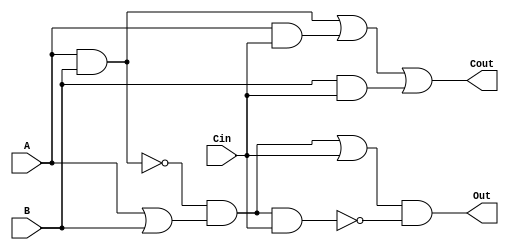
`timescale 1ns / 1ps
//////////////////////////////////////////////////////////////////////////////////
// Company: 
// Engineer: 
// 
// Design Name: 
// Module Name:    fulladderDelay 
// Project Name: 
// Target Devices: 
// Tool versions: 
// Description: 
//
// Dependencies: 
//
// Revision: 
// Revision 0.01 - File Created
// Additional Comments: 
//
//////////////////////////////////////////////////////////////////////////////////
module fulladderDelay(

    input [0:0] A,
    input [0:0] B,
    input [0:0] Cin,
    output [0:0] Out,
    output [0:0] Cout
    );
	 
	 wire w1,w2,w3;
	 wire e1,e2,e3,e4,e5,e6,e7;


and AX1 (e1,A,B);			//This set of gates computes A ^ B
not NX1(e2,e1);
or	OX1(e3,A,B);
and AX2(e4,e2,e3);

and AX3(e5,e4,Cin);			//This set of gates computes A ^ B ^Cin
not NX2(e6,e5);				//and assigns it to the Output
or OX2(e7,e4,Cin);
and AX4(Out,e7,e6);

and AD1(w1,A,B);				//This set of gates computes
and AD2(w2,A,Cin);			// (A&B)|(B&Cin)|(A&Cin)
and AD3(w3,B,Cin);			//	and assigns that to the carry
or OD1(Cout,w1,w2,w3);		// out


endmodule